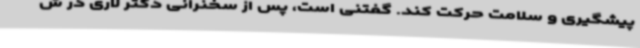
پیشگیری و سلامت حرکت کند. گفتنی است، پس از سخنرانی دکتر لاری در ش